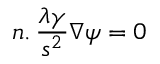
n . \, \frac { { \lambda \gamma } } { { { s ^ { 2 } } } } \nabla \psi = 0